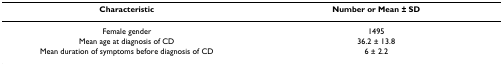
<table><thead><tr><td><b>Characteristic</b></td><td><b>Number or Mean ± SD</b></td></tr></thead><tbody><tr><td>Female gender</td><td>1495</td></tr><tr><td>Mean age at diagnosis of CD</td><td>36.2 ± 13.8</td></tr><tr><td>Mean duration of symptoms before diagnosis of CD</td><td>6 ± 2.2</td></tr></tbody></table>